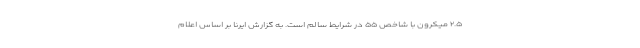
۲.۵ میکرون با شاخص ۵۵ در شرایط سالم است. به گزارش ایرنا بر اساس اعلام